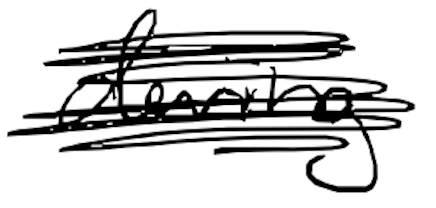
Text: during
Cross-out: scratch
Writing tool: digital_black